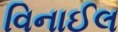
વિનાઈલ